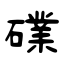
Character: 礏